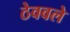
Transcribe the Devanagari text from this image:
ठेववले